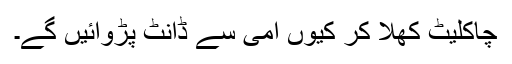
چاکلیٹ کھلا کر کیوں امی سے ڈانٹ پڑوائیں گے۔